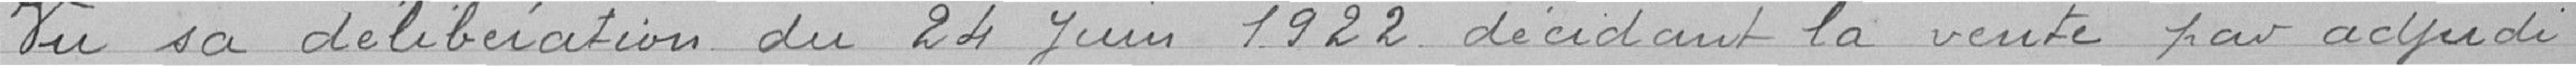
Vu sa délibération du 24 juin 1922 décidant la vente par adjudi-